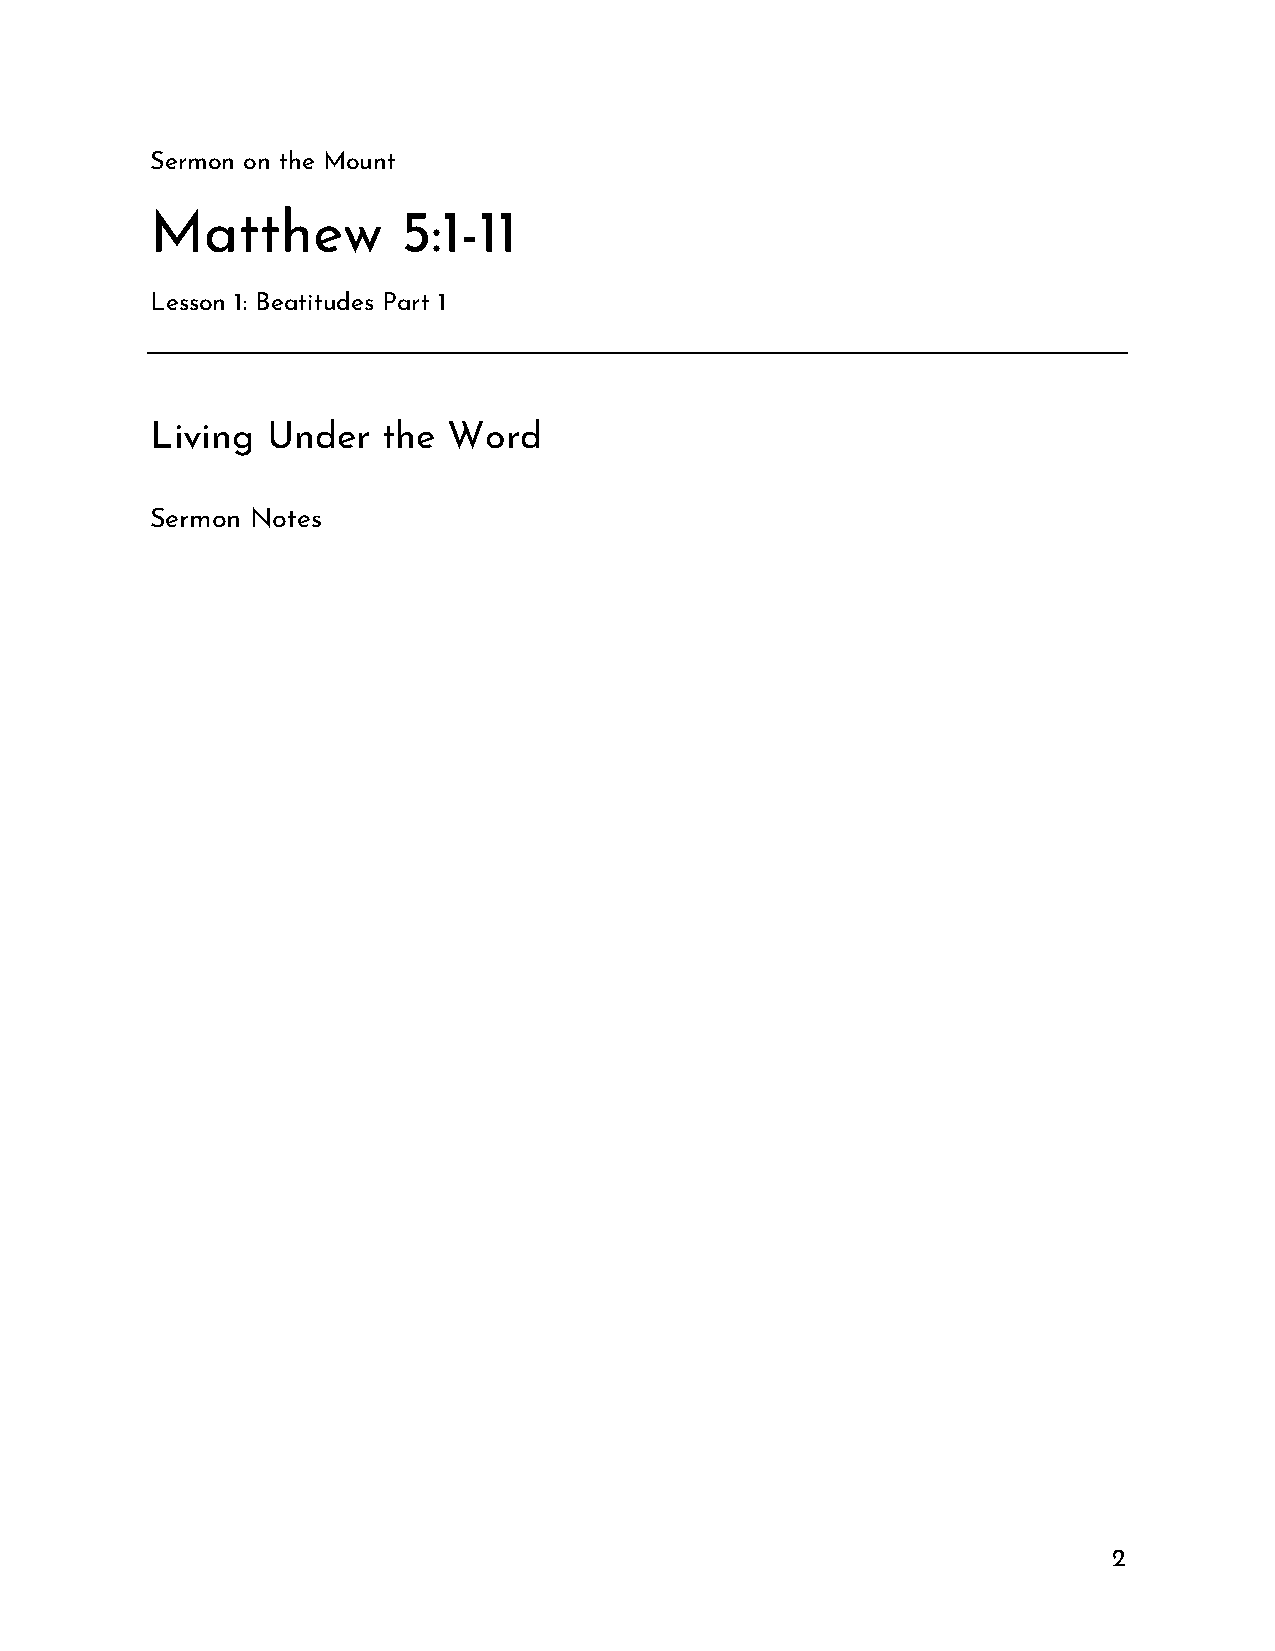
Sermon on the Mount
 Matthew          5:1-11
 Lesson 1: Beatitudes Part 1
 Living  Under  the  Word
 Sermon Notes
 2